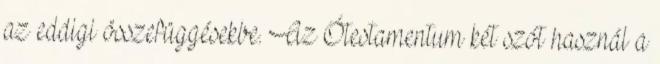
az eddigi összefüggésekbe. Az Ótestamentum két szót használ a